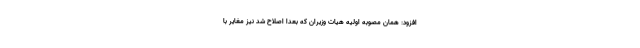
افزود: همان مصوبه اولیه هیات وزیران که بعداً اصلاح شد نیز مغایر با